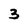
Character: 3